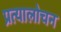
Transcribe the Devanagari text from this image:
प्रत्यालोचन